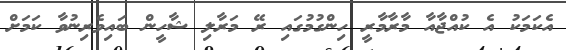
އެކަމަކު އެ ކުއްޖާއާ މާރާމާރީ ހިންގުމުގައި ރޭ މަރާލި ޝާހީން ބައިވެރިނުވާ ކަމަށް